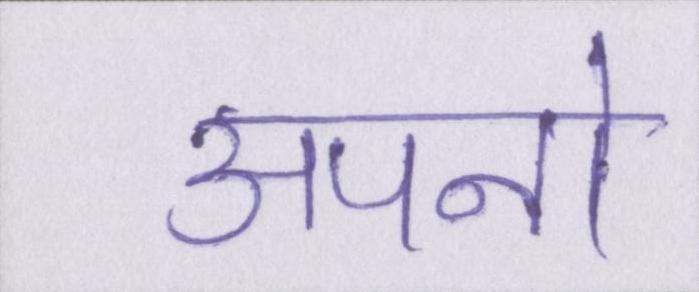
अपनो